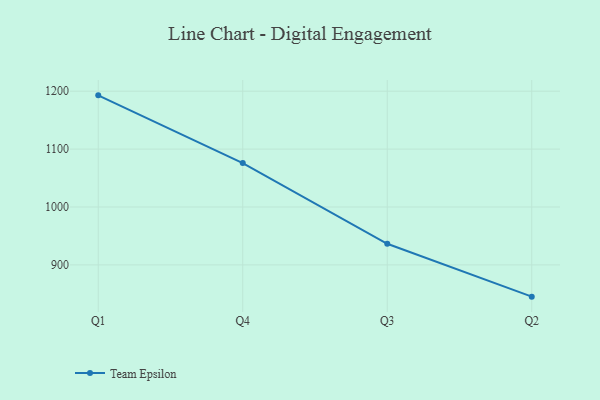
{"axis": {"x": "Quarter", "y": "Temperature (°C)"}, "legend": ["Team Epsilon"], "data": [{"x": "Q1", "y": 1192.8, "type": "Team Epsilon"}, {"x": "Q4", "y": 1075.8, "type": "Team Epsilon"}, {"x": "Q3", "y": 936.5, "type": "Team Epsilon"}, {"x": "Q2", "y": 845.2, "type": "Team Epsilon"}]}